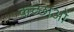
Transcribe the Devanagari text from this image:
कच्छाओं